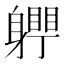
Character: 𨊀